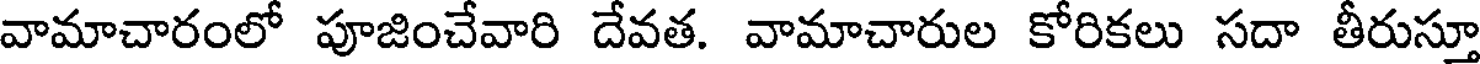
వామాచారంలో పూజించేవారి దేవత. వామాచారుల కోరికలు సదా తీరుస్తూ